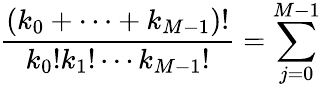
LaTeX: \frac{(k_{0}+\cdots+k_{M-1})!}{k_{0}!k_{1}!\cdots k_{M-1}!}=\sum_{j=0}^{M-1}